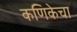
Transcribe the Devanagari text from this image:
कणिकेचा